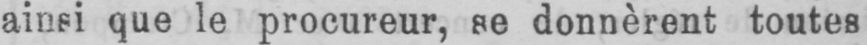
ainsi que le procureur, se donnèrent toutes